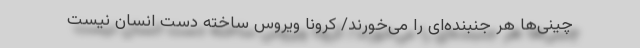
چینی‌ها هر جنبنده‌ای را می‌خورند/ کرونا ویروس ساخته دست انسان نیست